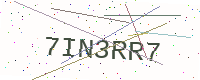
Text: 7IN3RR7